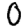
Digit: 0